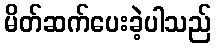
မိတ်ဆက်ပေးခဲ့ပါသည်